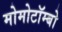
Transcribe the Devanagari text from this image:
मोमोटॉम्बो